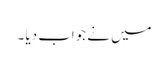
میں نے جواب دیا ۔